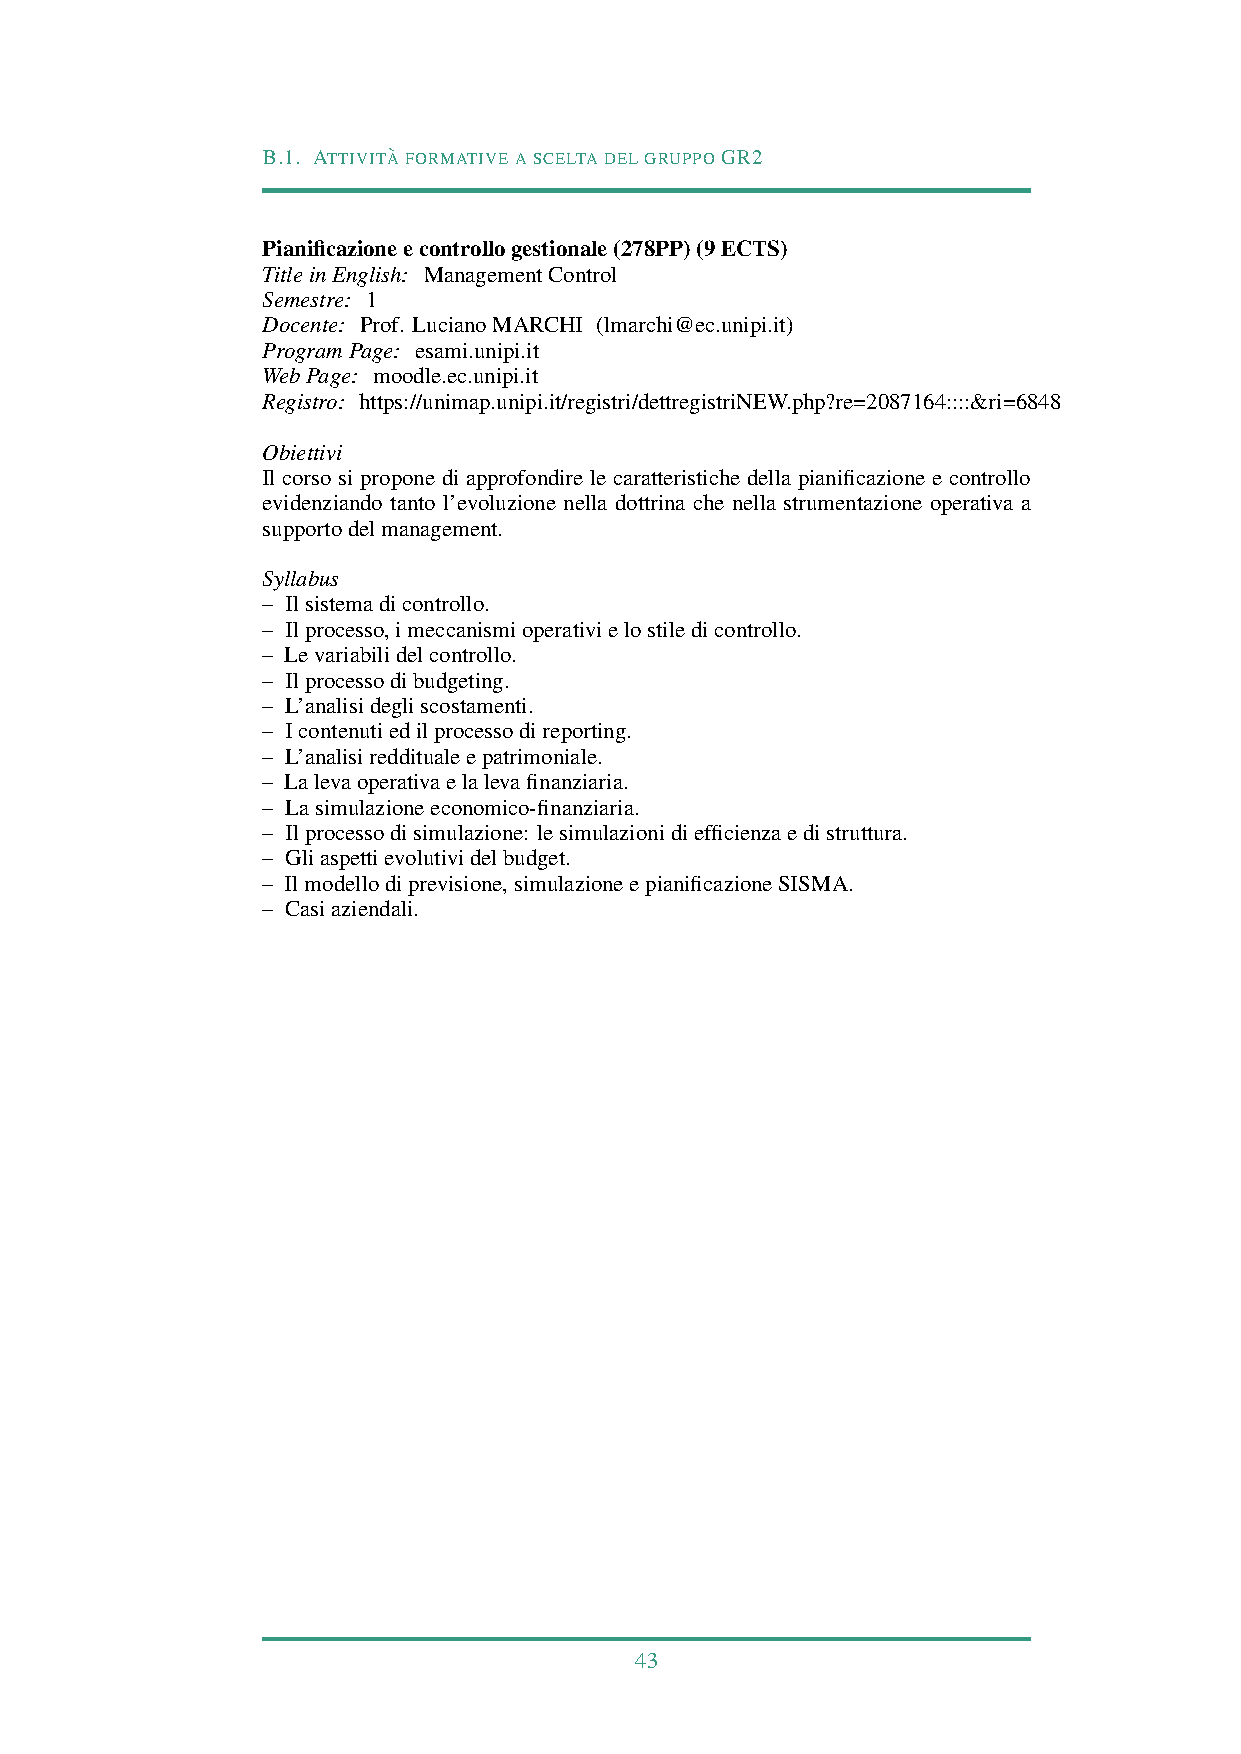
B.1. ATTIVITA` FORMATIVEASCELTADELGRUPPOGR2
 Pianificazioneecontrollogestionale(278PP)(9ECTS)
 TitleinEnglish: ManagementControl
 Semestre: 1
 Docente: Prof. LucianoMARCHI (lmarchi@ec.unipi.it)
 ProgramPage: esami.unipi.it
 WebPage: moodle.ec.unipi.it
 Registro: https://unimap.unipi.it/registri/dettregistriNEW.php?re=2087164::::&ri=6848
 Obiettivi
 Il corso si propone di approfondire le caratteristiche della pianificazione e controllo
 evidenziando tanto l’evoluzione nella dottrina che nella strumentazione operativa a
 supportodelmanagement.
 Syllabus
 – Ilsistemadicontrollo.
 – Ilprocesso,imeccanismioperativielostiledicontrollo.
 – Levariabilidelcontrollo.
 – Ilprocessodibudgeting.
 – L’analisidegliscostamenti.
 – Icontenutiedilprocessodireporting.
 – L’analisiredditualeepatrimoniale.
 – Lalevaoperativaelalevafinanziaria.
 – Lasimulazioneeconomico-finanziaria.
 – Ilprocessodisimulazione: lesimulazionidiefficienzaedistruttura.
 – Gliaspettievolutividelbudget.
 – Ilmodellodiprevisione,simulazioneepianificazioneSISMA.
 – Casiaziendali.
 43